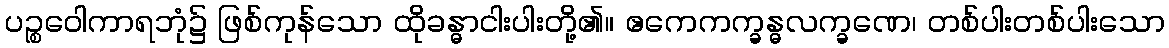
ပဉ္စဝေါကာရဘုံ၌ ဖြစ်ကုန်သော ထိုခန္ဓာငါးပါးတို့၏။ ဧကေကက္ခန္ဓလက္ခဏေ၊ တစ်ပါးတစ်ပါးသော